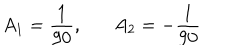
A _ { 1 } = { \frac { 1 } { 9 0 } } , \, \, \, \, \, \, \, \, \, \, A _ { 2 } = - { \frac { 1 } { 9 0 } }